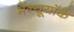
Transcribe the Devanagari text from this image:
मेंन्यूयॉर्क